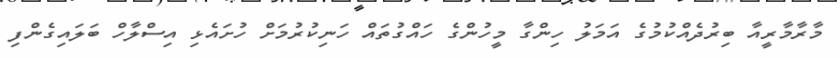
މާރާމާރީއާ ބިރުދެއްކުމުގެ އަމަލު ހިންގާ މީހުންގެ ހައްގުތައް ހަނިކުރުމަށް ހުށައެޅި އިސްލާހް ބަލައިގެންފި